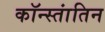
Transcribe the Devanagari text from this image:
कॉन्स्तांतिन